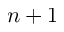
n + 1